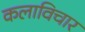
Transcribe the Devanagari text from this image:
कलाविचार